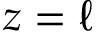
z = \ell